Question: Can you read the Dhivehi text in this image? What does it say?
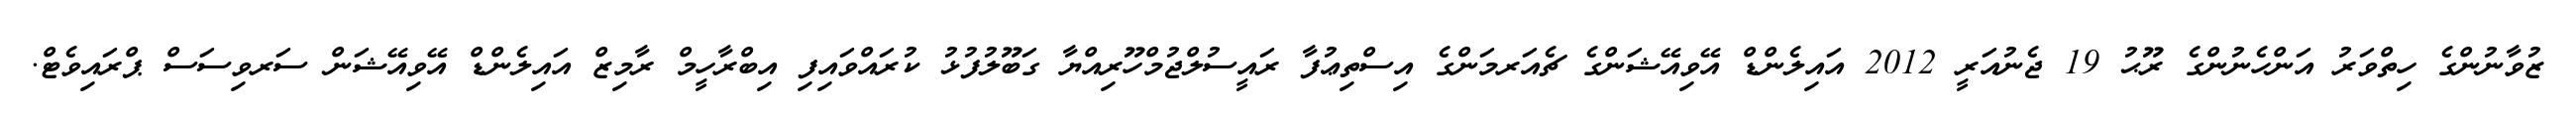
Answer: ޒުވާނުންގެ ހިތްވަރު އަންހެނުންގެ ރޫޙު 19 ޖެނުއަރީ 2012 އައިލެންޑް އޭވިއޭޝަންގެ ޗެއަރމަންގެ އިސްތިޢުފާ ރައީސުލްޖުމްހޫރިއްޔާ ގަބޫލުފުޅު ކުރައްވައިފި އިބްރާހީމް ރާމިޒް އައިލެންޑް އޭވިއޭޝަން ސަރވިސަސް ޕްރައިވެޓް.